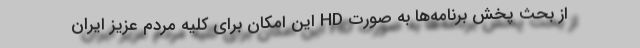
از بحث پخش برنامه‌ها به صورت HD این امکان برای کلیه مردم عزیز ایران